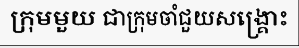
ក្រុមមួយ ជាក្រុមចាំជួយសង្គ្រោះ